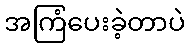
အကြံပေးခဲ့တာပဲ